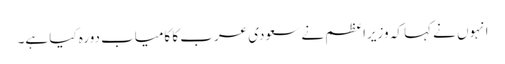
انہوں نے کہا کہ وزیراعظم نے سعودی عرب کا کامیاب دورہ کیا ہے۔